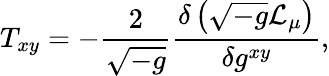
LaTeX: T_{xy}=-\frac{2}{\sqrt{-g}}\frac{\delta\left(\sqrt{-g}\mathcal{L}_{\mu}\right)}{\delta g^{xy}},